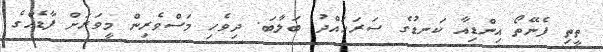
ތީތި ފެނޭތޯ އިންޑިއާ ކަނޑުގެ ސަރަހައްދު ބަލާބަ. ދިވެހި މަސްވެރިން މީވަރަށް ފާޑެއްގެ